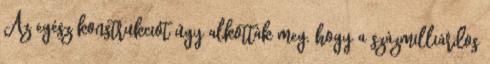
Az egész konstrukciót úgy alkották meg, hogy a százmilliárdos